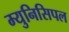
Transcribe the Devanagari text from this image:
म्‍युनिसिपल